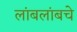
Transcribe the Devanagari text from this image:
लांबलांबचे